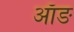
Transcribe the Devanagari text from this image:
ऑङ